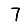
Digit: 7